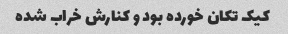
کیک تکان خورده بود و کنارش خراب شده